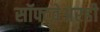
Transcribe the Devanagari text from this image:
सॉफ्टवेअरही